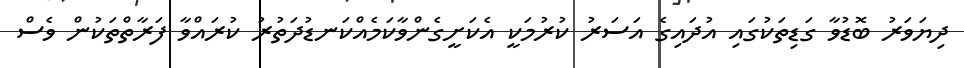
ދިޔަވަރު ބޮޑުވާ ގަޑިތަކުގައި އުދައިގެ އަސަރު ކުރުމަކީ އެކަށީގެންވާކަމެއްކަނޑުދަތުރު ކުރައްވާ ފަރާތްތަކުން ވެސް